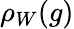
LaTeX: \rho_{W}(g)